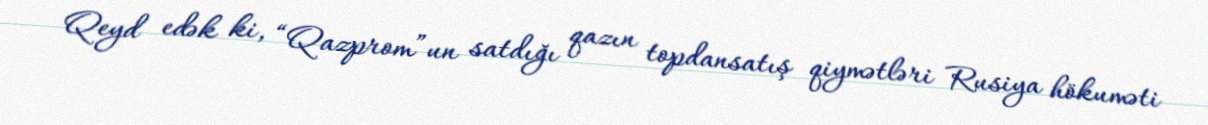
Qeyd edək ki, “Qazprom”un satdığı qazın topdansatış qiymətləri Rusiya hökuməti